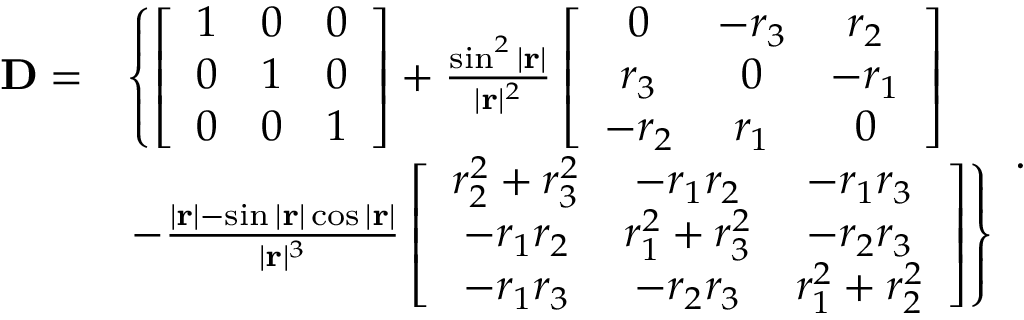
\begin{array} { r l } { \mathbf { D } = } & { \left\{ \left[ \begin{array} { l l l } { 1 } & { 0 } & { 0 } \\ { 0 } & { 1 } & { 0 } \\ { 0 } & { 0 } & { 1 } \end{array} \right] + \frac { \sin ^ { 2 } | \mathbf { r } | } { | \mathbf { r } | ^ { 2 } } \left[ \begin{array} { c c c } { 0 } & { - r _ { 3 } } & { r _ { 2 } } \\ { r _ { 3 } } & { 0 } & { - r _ { 1 } } \\ { - r _ { 2 } } & { r _ { 1 } } & { 0 } \end{array} \right] \right. } \\ & { \left. - \frac { | \mathbf { r } | - \sin | \mathbf { r } | \cos | \mathbf { r } | } { | \mathbf { r } | ^ { 3 } } \left[ \begin{array} { c c c } { r _ { 2 } ^ { 2 } + r _ { 3 } ^ { 2 } } & { - r _ { 1 } r _ { 2 } } & { - r _ { 1 } r _ { 3 } } \\ { - r _ { 1 } r _ { 2 } } & { r _ { 1 } ^ { 2 } + r _ { 3 } ^ { 2 } } & { - r _ { 2 } r _ { 3 } } \\ { - r _ { 1 } r _ { 3 } } & { - r _ { 2 } r _ { 3 } } & { r _ { 1 } ^ { 2 } + r _ { 2 } ^ { 2 } } \end{array} \right] \right\} } \end{array} .